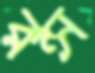
রন্স